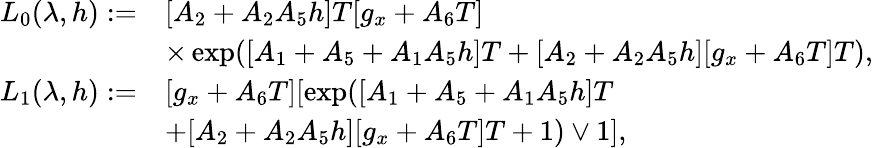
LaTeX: \begin{array}{r}{\begin{array}{rl}{L_{0}(\lambda,h):=}&{[A_{2}+A_{2}A_{5}h]T[g_{x}+A_{6}T]}\\ &{\times\exp([A_{1}+A_{5}+A_{1}A_{5}h]T+[A_{2}+A_{2}A_{5}h][g_{x}+A_{6}T]T),}\\ {L_{1}(\lambda,h):=}&{[g_{x}+A_{6}T][\exp([A_{1}+A_{5}+A_{1}A_{5}h]T}\\ &{+[A_{2}+A_{2}A_{5}h][g_{x}+A_{6}T]T+1)\vee 1],}\end{array}}\end{array}